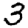
Digit: 3